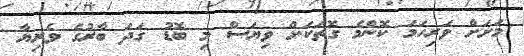
މަށަށް ވަރިހަމަ ކޮންމެ ގޮތަކަށް ވިޔަސް މި ބޮޑު ގަދަ ބާރުގެ ވެރިޔާ